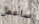
ساعمل